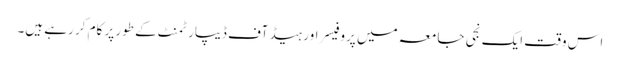
اس وقت ایک نجی جامعہ میں پروفیسر اور ہیڈ آف ڈیپارٹمنٹ کے طور پر کام کر رہے ہیں۔